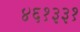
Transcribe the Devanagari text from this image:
४६१३३१